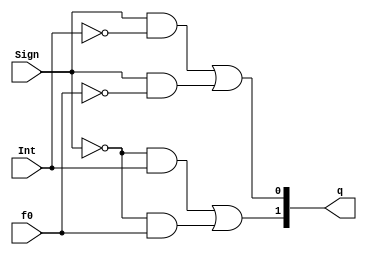
module qst (q, Sign, Int, f0);

   input        Sign;
   input        Int;
   input        f0;

   output [1:0] q;

   assign 	q[1] = (!Sign&Int) | (!Sign&f0);
   assign 	q[0] = (Sign&!Int) | (Sign&!f0);


endmodule // qst